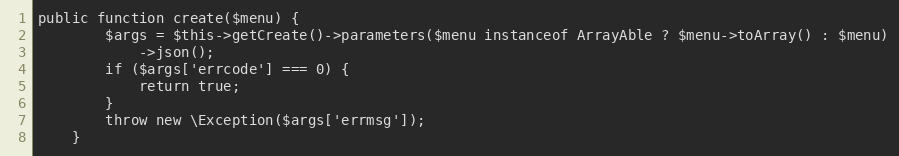
Language: PHP
public function create($menu) {
        $args = $this->getCreate()->parameters($menu instanceof ArrayAble ? $menu->toArray() : $menu)
            ->json();
        if ($args['errcode'] === 0) {
            return true;
        }
        throw new \Exception($args['errmsg']);
    }